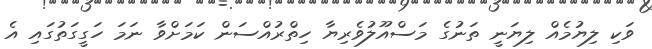
ވަކި ލިޔުމެއް ލިޔަނީ ތަނުގެ މަސްއޫލުވެރިޔާ ހިތްރުއްސަން ކަމަށްވާ ނަމަ ހަގީގަތުގައި އެ